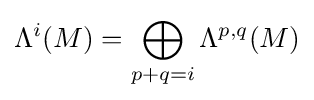
\Lambda ^{i}(M)=\bigoplus _{p+q=i}\Lambda ^{p,q}(M)